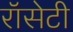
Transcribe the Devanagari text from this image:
रॉसेटी